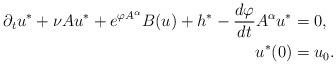
LaTeX: \begin{align*}\partial_t u^* + \nu Au^* + e^{\varphi A^{\alpha}} B(u)+ h^* - \frac{d \varphi}{dt} A^{\alpha}u^* &= 0,\\u^*(0) &= u_0. \end{align*}